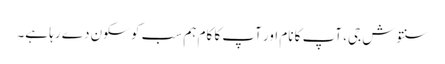
سنتوش جی، آپ کا نام اور آپ کا کام ہم سب کو سکون دے رہا ہے۔